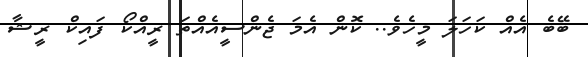
ބޭބެ އެއް ކަހަލަ މީހެވެ.. ކޮން އެމަ ޖެންސީއެއްތަ ރީއްކޯ ފައިކް ރީޝާ